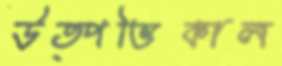
উত্পত্তিকাল